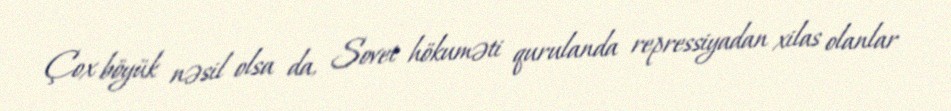
Çox böyük nəsil olsa da, Sovet hökuməti qurulanda repressiyadan xilas olanlar